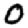
Digit: 0